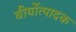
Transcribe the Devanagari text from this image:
वीर्योत्पादक